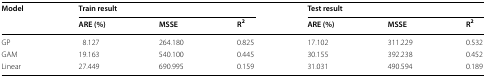
<table><thead><tr><td rowspan="2"><b>Model </b></td><td colspan="3"><b>Train result</b></td><td colspan="3"><b>Test result</b></td></tr><tr><td><b>ARE (%)</b></td><td><b>MSSE</b></td><td><b>R<sup>2</sup></b></td><td><b>ARE (%)</b></td><td><b>MSSE</b></td><td><b>R<sup>2</sup></b></td></tr></thead><tbody><tr><td>GP</td><td>8.127</td><td>264.180</td><td>0.825</td><td>17.102</td><td>311.229</td><td>0.532</td></tr><tr><td>GAM</td><td>19.163</td><td>540.100</td><td>0.445</td><td>30.155</td><td>392.238</td><td>0.452</td></tr><tr><td>Linear</td><td>27.449</td><td>690.995</td><td>0.159</td><td>31.031</td><td>490.594</td><td>0.189</td></tr></tbody></table>